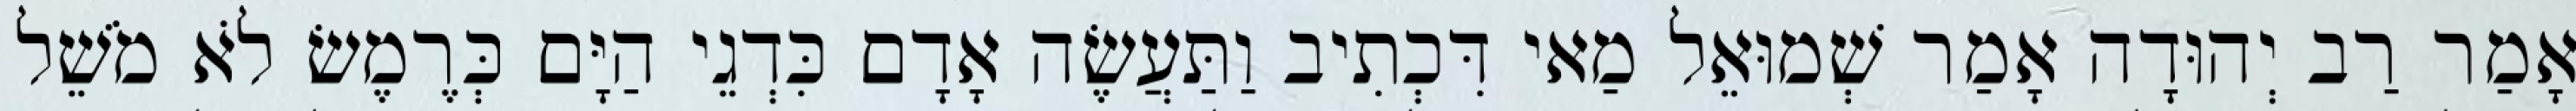
אָמַר רַב יְהוּדָה אָמַר שְׁמוּאֵל מַאי דִּכְתִיב וַתַּעֲשֶׂה אָדָם כִּדְגֵי הַיָּם כְּרֶמֶשׂ לֹא מֹשֵׁל